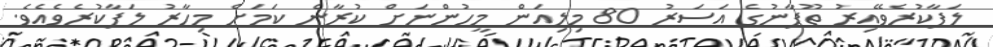
ލަފާކުރެވޭއިރު ތޫފާނުގެ އަސަރު 80 މިލިއަން މީހުންނަށް ކުރާނެ ކަމަށް މިހާރު ލަފާކުރެވެއެވެ.